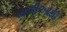
નળીઓથી